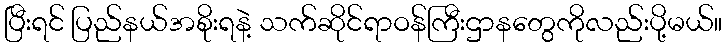
ပြီးရင် ပြည်နယ်အစိုးရနဲ့ သက်ဆိုင်ရာဝန်ကြီးဌာနတွေကိုလည်းပို့မယ်။